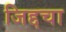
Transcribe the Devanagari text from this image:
जिद्दचा